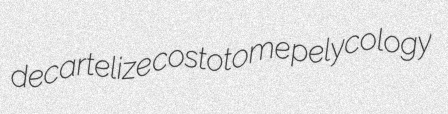
decartelize costotome pelycology